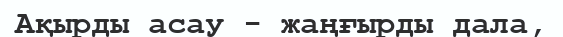
Ақырды асау - жаңғырды дала,